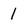
Character: 1